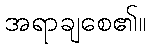
အရာချစေ၏။